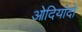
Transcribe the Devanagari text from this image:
ओदियांदो